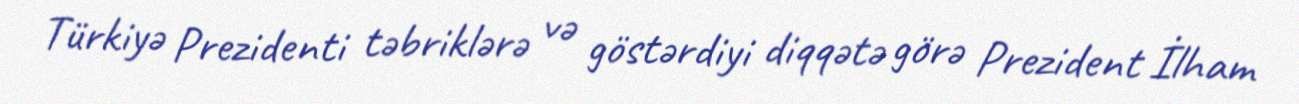
Türkiyə Prezidenti təbriklərə və göstərdiyi diqqətə görə Prezident İlham